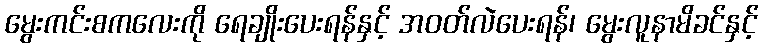
မွေးကင်းစကလေးကို ရေချိုးပေးရန်နှင့် အဝတ်လဲပေးရန်၊ မွေးလူနာမိခင်နှင့်